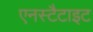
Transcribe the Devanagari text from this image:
एनस्टैटाइट